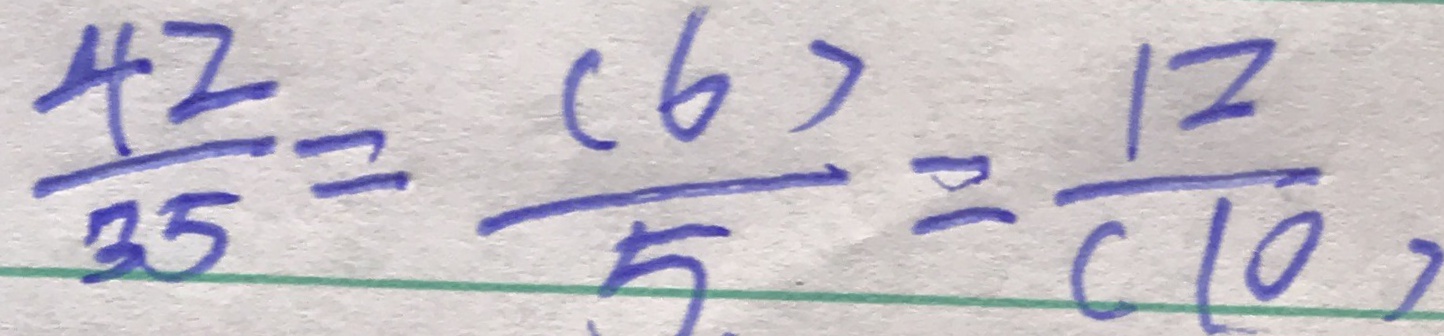
\frac { 4 2 } { 3 5 } = \frac { ( 6 ) } { 5 } = \frac { 1 2 } { ( 1 0 ) }